Civil Veterinary Dept. Bombay admin report 1923-31 - 1923-1931
Year: 1923
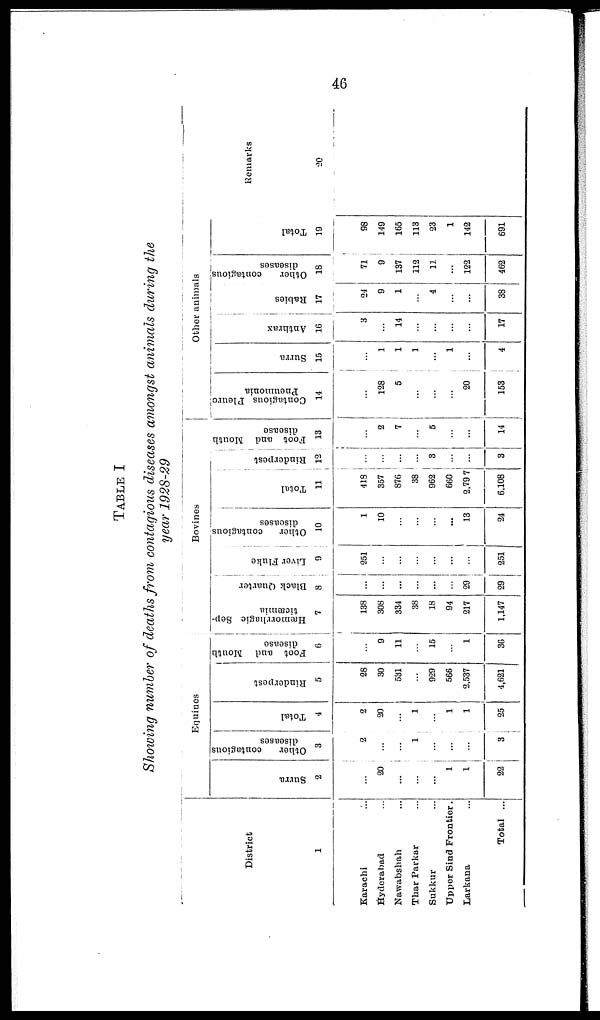
46
TABLE I
Showing number of deaths from contagious diseases amongst animals during the
year 1928-29
District
1
Karachi ...
Hyderabad ...
Nawabshah ...
Thar Parkar ...
Sukkur ...
Upper Sind Frontier.
Larkana ...
Total ...
Equines
Surra
2
...
20
...
...
...
1
1
22
Other
contagious
diseases
3
2
...
...
1
...
...
...
3
Total
4
2
20
...
1
...
1
1
25
Rinderpest
5
28
30
531
...
929
566
2,537
4,621
Foot and Mouth
disease
6
...
9
11
...
15
...
1
36
Bovines
Hæmorrhagic Sep-
ticæmia
7
138
308
334
38
18
94
217
1,147
Black Quarter
8
...
...
...
...
...
...
29
29
Liver Fluke
9
251
...
...
...
...
...
...
251
Other
contagious
diseases
10
1
10
...
...
...
...
13
24
Total
11
418
357
876
38
962
660
2,797
6,108
Rinderpest
12
...
...
...
...
3
...
...
3
Foot and Mouth
disease
13
...
2
7
...
5
...
...
14
Other animals
Contagious Pleuro
Pneumonia
14
...
128
5
...
...
...
20
153
Surra
15
...
1
1
1
...
1
....
4
Anthrax
16
3
...
14
...
...
...
...
17
Rabies
17
24
9
1
...
4
...
...
38
Other
contagious
diseases
18
71
9
137
112
11
...
122
462
Total
19
98
149
165
113
23
1
142
691
Remarks
20